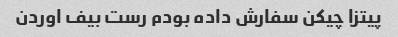
پیتزا چیکن سفارش داده بودم رست بیف اوردن